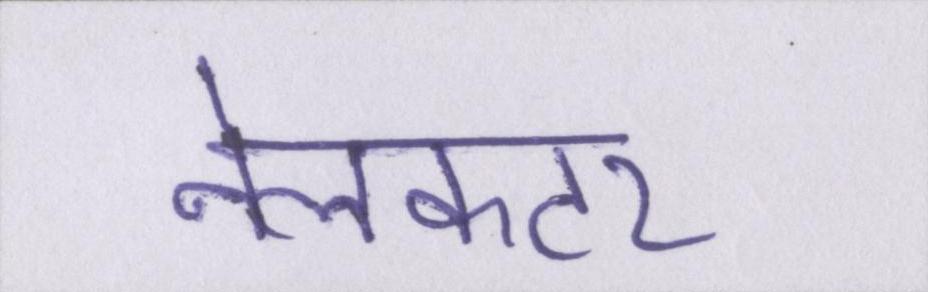
नेलकटर